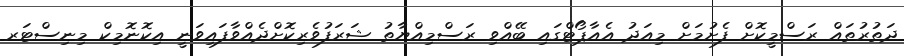
ދަތުރުތައް ރަސްމީކޮށް ފެށުމަށް މިއަދު އެއާޕޯޓްގައި ބޭއްވި ރަސްމިއްޔާތު ޝަރަފުވެރިކޮށްދެއްވާފައިވަނީ އިކޮނޮމިކް މިނިސްޓަރ